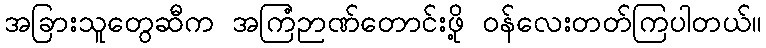
အခြားသူတွေဆီက အကြံဉာဏ်တောင်းဖို့ ဝန်လေးတတ်ကြပါတယ်။